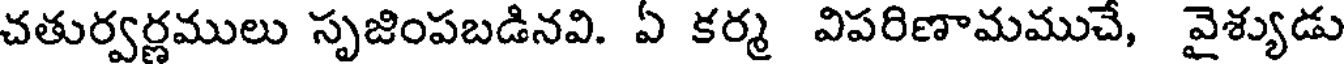
చతుర్వర్ణములు సృజింపబడినవి. ఏ కర్మ విపరిణామముచే, వైశ్యుడు